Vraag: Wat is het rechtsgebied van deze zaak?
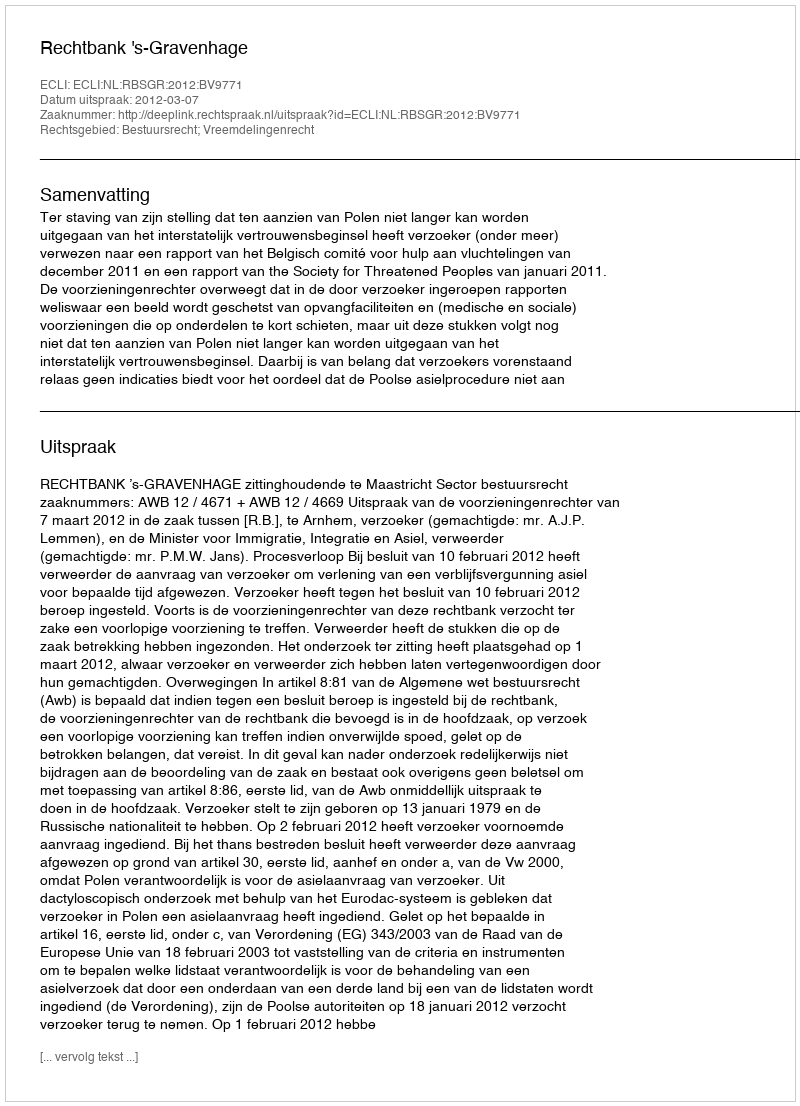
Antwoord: Bestuursrecht; Vreemdelingenrecht